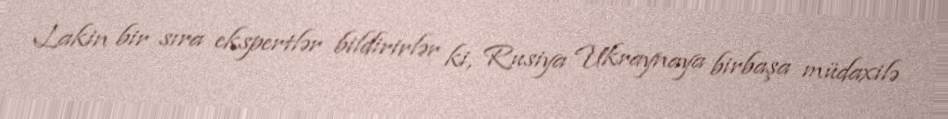
Lakin bir sıra ekspertlər bildirirlər ki, Rusiya Ukraynaya birbaşa müdaxilə